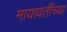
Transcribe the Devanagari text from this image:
मायावतींच्या